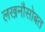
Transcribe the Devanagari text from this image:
लखनौसोबत